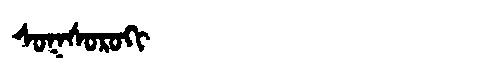
Manchu: ᠰᠣᡴᠰᠣᡵᠣᡴᡳ
Romanization: SOKSOROKI